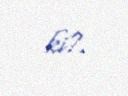
ki?.